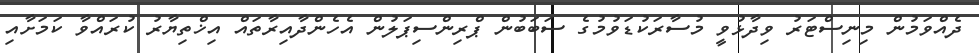
ދެއްވަމުން މިނިސްޓަރު ވިދާޅުވީ މުސާރަކުޑަވުމުގެ ސަބަބުން ޕްރިންސިޕަލުން އެހެންދާއިރާތައް އިޚްތިޔާރު ކުރައްވާ ކަމަށާއި